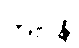
ဘဝါနိ